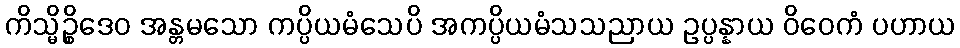
ကိသ္မိဉ္စိဒေဝ အန္တမသော ကပ္ပိယမံသေပိ အကပ္ပိယမံသသညာယ ဥပ္ပန္နာယ ဝိဝေကံ ပဟာယ